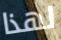
لهذا